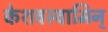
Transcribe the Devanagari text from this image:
केशवस्वामिन्